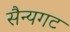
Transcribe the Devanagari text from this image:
सैन्यगट